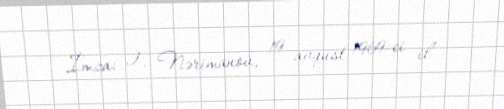
İmza: Ə. Nərimanov, 19 avqust 1969-ci il